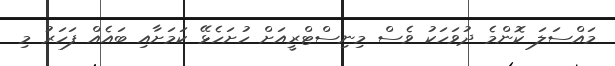
މައްސަލަ ކޮންމެ ދުވަހަކު ވެސް މިނިސްޓްރީއަށް ހުށަހެޅޭ ކަމަށާއި ބައެއް ފަހަރު މި